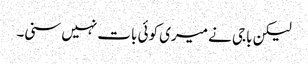
لیکن باجی نے میری کوئی بات نہیں سنی۔